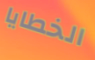
الخطايا